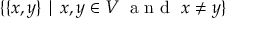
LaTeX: \{ \{ x , y \} \mid x , y \in V \; { \textrm { a n d } } \; x \neq y \}